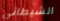
الشيطاني